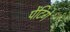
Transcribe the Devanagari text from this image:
पेंटिगे